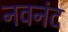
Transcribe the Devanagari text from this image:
नवनंद